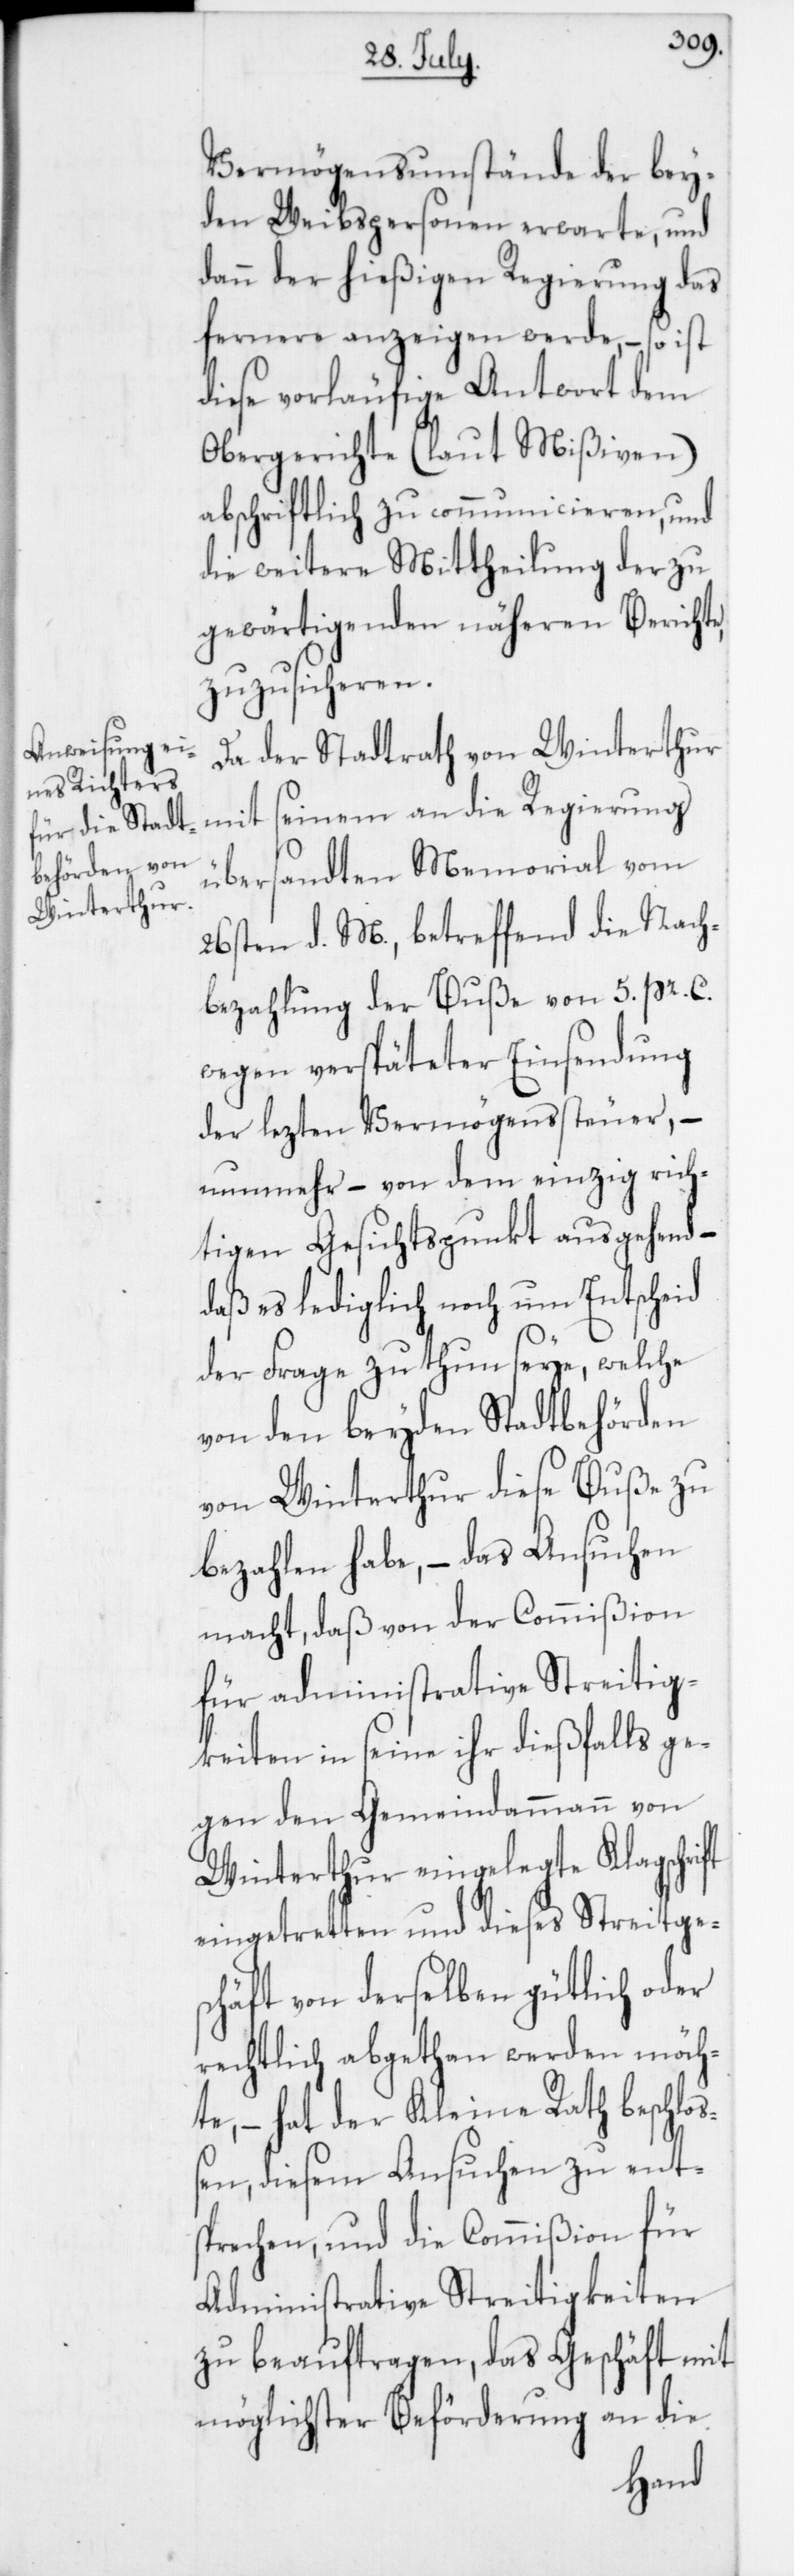
Vermögensumstände der bey¬
den Weibspersonen erwarte, und
dann der hießigen Regierung das
fernere anzeigen werde, – so ist
diese vorläufige Antwort dem
Obergerichte (laut Mißiven)
abschriftlich zu communicieren, und
die weitere Mittheilung der zu
gewärtigenden näheren Berichte,
zuzusicheren.
Da der Stadtrath von Winterthur
mit seinem an die Regierung
übersandten Memorial vom
26sten d. M., betreffend die Nach¬
bezahlung der Buße von 5. pr. C
wegen verspäteter Einsendung
der lezten Vermögenssteuer, –
nunmehr – von dem einzig rich¬
tigen Gesichtspunkt ausgehend, –
daß es lediglich noch um Entscheid
der Frage zu tun seye, welche
von den beyden Stadtbehörden
von Winterthur diese Buße zu
bezahlen habe, – das Ansuchen
macht, daß von der Commißion
für administrative Streitig¬
keiten in seine ihr dießfalls ge¬
gen den Gemeindammann von
Winterthur eingelegte Klagschrift
eingetretten und dieses Streitge¬
schäft von derselben gütlich oder
rechtlich abgethan werden möch¬
te, – hat der Kleine Rath beschloß¬
en, diesem Ansuchen zu ent¬
sprechen, und die Commißion für
Administrative Streitigkeiten
zu beauftragen, das Geschäft mit
möglichster Beförderung an die